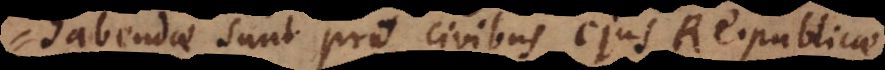
habendae sunt pro civibus ejus Reipublicae